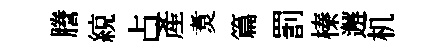
謄綂占産煑篇罰榛邂机